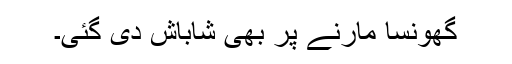
گھونسا مارنے پر بھی شاباش دی گئی۔